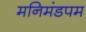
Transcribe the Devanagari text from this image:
मनिमंडपम